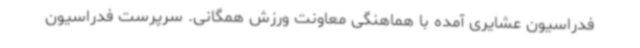
فدراسیون عشایری آمده با هماهنگی معاونت ورزش همگانی. سرپرست فدراسیون